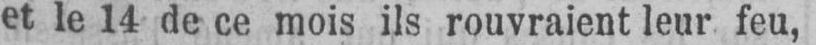
et le 14 de ce mois ils rouvraient leur feu,